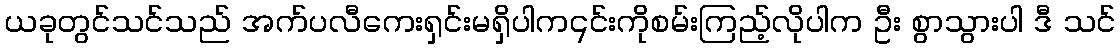
ယခုတွင်သင်သည် အက်ပလီကေးရှင်းမရှိပါက၎င်းကိုစမ်းကြည့်လိုပါက ဦး စွာသွားပါ ဒီ သင်